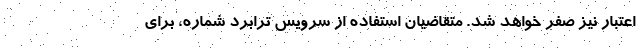
اعتبار نیز صفر خواهد شد. متقاضیان استفاده از سرویس ترابرد شماره، برای